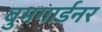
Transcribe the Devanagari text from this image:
बुमगार्डनर